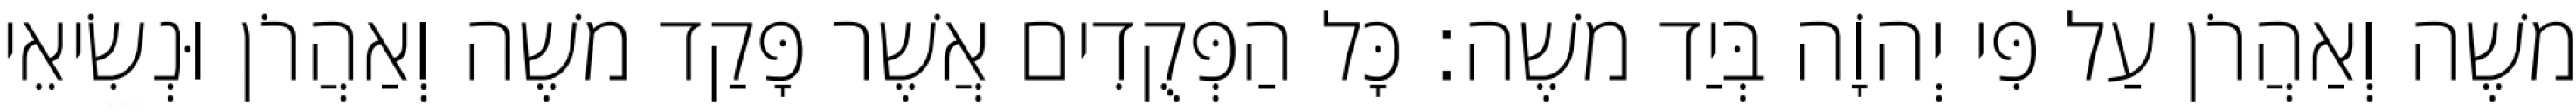
משֶׁה וְאַהֲרֹן עַל פִּי יְהוָֹה בְּיַד משֶׁה׃ כָּל הַפְּקֻדִים אֲשֶׁר פָּקַד משֶׁה וְאַהֲרֹן וּנְשִׂיאֵי